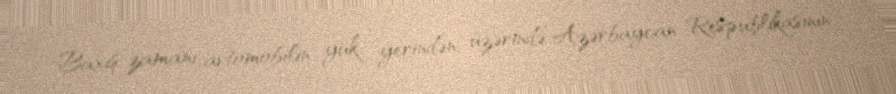
Baxış zamanı avtomobilin yük yerindən, üzərində Azərbaycan Respublikasının